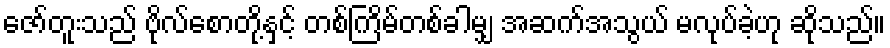
ဇော်တူးသည် ဗိုလ်စောတို့နှင့် တစ်ကြိမ်တစ်ခါမျှ အဆက်အသွယ် မလုပ်ခဲ့ဟု ဆိုသည်။